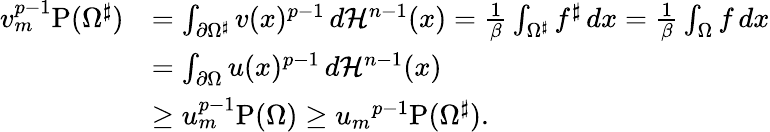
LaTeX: \begin{array}{rl}{v_{m}^{p-1}\mathrm{P}(\Omega^{\sharp})}&{=\int_{\partial\Omega^{\sharp}}v(x)^{p-1}\, d\mathcal{H}^{n-1}(x)=\frac{1}{\beta}\int_{\Omega^{\sharp}}f^{\sharp}\, dx=\frac{1}{\beta}\int_{\Omega}f\, dx}\\ &{=\int_{\partial\Omega}u(x)^{p-1}\, d\mathcal{H}^{n-1}(x)}\\ &{\geq u_{m}^{p-1}\mathrm{P}(\Omega)\geq{u_{m}}^{p-1}\mathrm{P}(\Omega^{\sharp}).}\end{array}